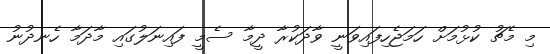
މި މެޗު ކުޅުމަށް ހަމަޖެހިފައިވަނީ ވާދަކުރާ ދީމާ ސެމީ ފައިނަލުގައި މާދަމާ ހެނދުނު